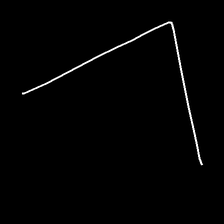
Glyph: region